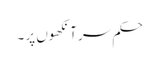
حکم سر آنکھوں پر ۔